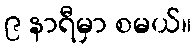
၉ နာရီမှာ စမယ်။